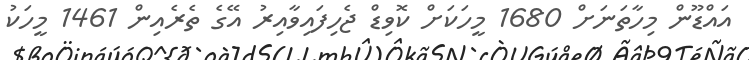
އައްޑޫން މިހާތަނަށް 1680 މީހަކަށް ކޮވިޑް ޖެހިފައިވާއިރު އޭގެ ތެރެއިން 1461 މީހަކު